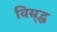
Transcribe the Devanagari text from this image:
विस्र्द्ध